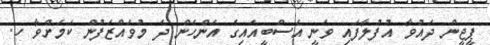
ޕީޖީން ދައުވާ އުފުލާފައި ވަނީ އެސްބީއައިގެ އަންހެން ދެ މުވައްޒަފުން ކަމަށްވާ ހ.